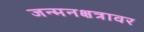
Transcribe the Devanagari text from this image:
जन्मनक्षत्रावर